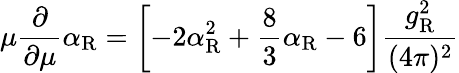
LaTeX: \mu\frac{\partial}{\partial\mu}\alpha_{\mathrm{R}}=\left[-2\alpha_{\mathrm{R}}^{2}+\frac 83\alpha_{\mathrm{R}}-6\right]\frac{g_{\mathrm{R}}^{2}}{(4\pi)^{2}}